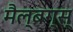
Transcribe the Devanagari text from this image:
मैल्बग्स्